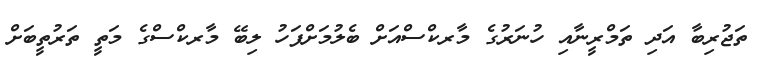
ތަޖުރިބާ އަދި ތަމްރީނާއި ހުނަރުގެ މާރކްސްއަށް ބެލުމަށްފަހު ލިބޭ މާރކްސްގެ މަތީ ތަރުތީބަށް